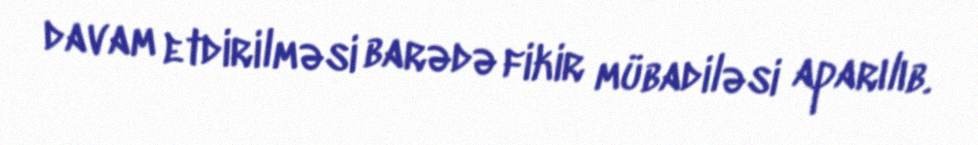
davam etdirilməsi barədə fikir mübadiləsi aparılıb.